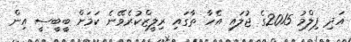
އަދި ފިލްމު 2015ގެ ޖުލައި އެހާ ތާގައި ރިލީޒްކުރެވޭނެ ކަމަށް ބީބީސީ އިން